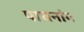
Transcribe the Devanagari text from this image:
पाचनांग